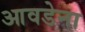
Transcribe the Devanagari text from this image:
आवडेना